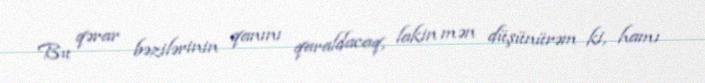
Bu qərar bəzilərinin qanını qaraldacaq, lakin mən düşünürəm ki, hamı